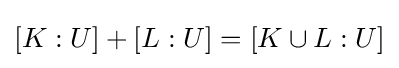
[K:U]+[L:U]=[K\cup L:U]